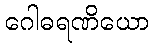
ဂေါဓရဏိယော